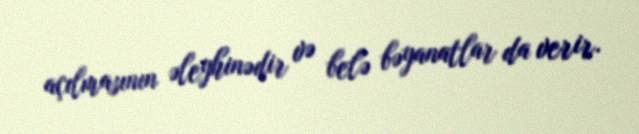
açılmasının əleyhinədir və belə bəyanatlar da verir.